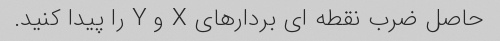
حاصل ضرب نقطه ای بردارهای X و Y را پیدا کنید.